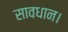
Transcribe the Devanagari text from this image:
सावधान।